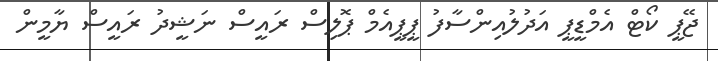
ޖޭޕީ ކޯޓް އެމްޑީޕީ އަދުލުއިންސާފު ޕީޕީއެމް ޕޮލިސް ރައީސް ނަޝީދު ރައީސް ޔާމީން